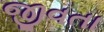
જીવતા